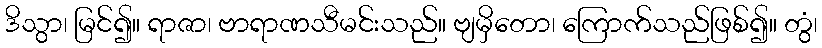
ဒိသွာ၊ မြင်၍။ ရာဇာ၊ ဗာရာဏသီမင်းသည်။ ဗျမှိတော၊ ကြောက်သည်ဖြစ်၍။ တွံ၊